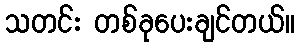
သတင်း တစ်ခုပေးချင်တယ်။